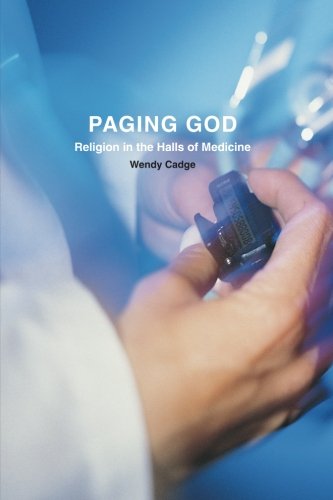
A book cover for Paging God: Religion in the Halls of Medicine; Wendy Cadge; Medical Books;